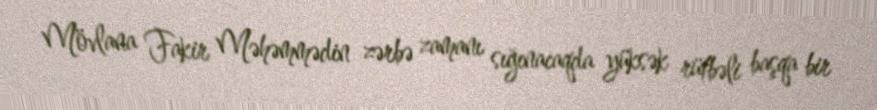
Mövlana Fakir Məhəmmədin zərbə zamanı sığınacaqda yüksək rütbəli başqa bir